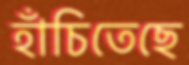
হাঁচিতেছে